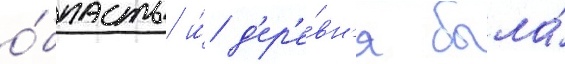
о́бласть и́ д'ер'е́вн'я была́